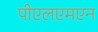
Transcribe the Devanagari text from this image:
पीएलएमएन